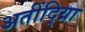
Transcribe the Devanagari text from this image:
अतींद्य्राि